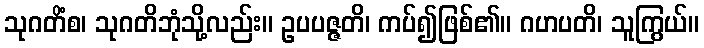
သုဂတိံစ၊ သုဂတိဘုံသို့လည်း။ ဥပပဇ္ဇတိ၊ ကပ်၍ဖြစ်၏။ ဂဟပတိ၊ သူကြွယ်။